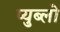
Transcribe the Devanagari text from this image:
प्युब्लो